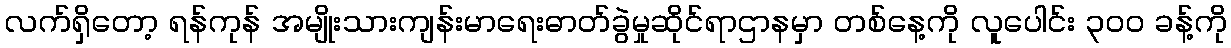
လက်ရှိတော့ ရန်ကုန် အမျိုးသားကျန်းမာရေးဓာတ်ခွဲမှုဆိုင်ရာဌာနမှာ တစ်နေ့ကို လူပေါင်း ၃၀၀ ခန့်ကို